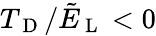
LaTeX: T_{\mathrm{~D~}}/\tilde{E}_{\mathrm{~L~}}<0